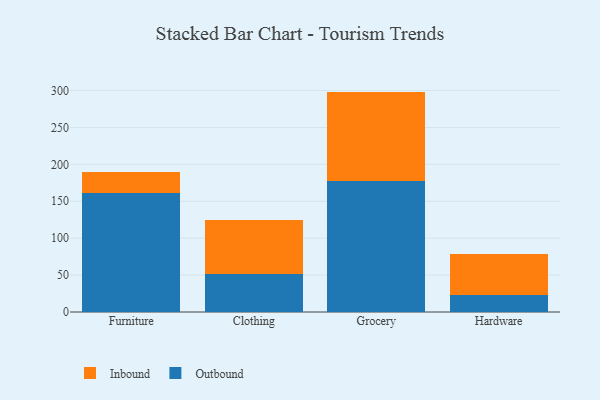
{"axis": {"x": "Category", "y": "Waste Production (Tons)"}, "legend": ["Inbound", "Outbound"], "data": [{"x": "Furniture", "y": 161.7, "type": "Outbound"}, {"x": "Furniture", "y": 27.8, "type": "Inbound"}, {"x": "Clothing", "y": 51.8, "type": "Outbound"}, {"x": "Clothing", "y": 72.2, "type": "Inbound"}, {"x": "Grocery", "y": 177.1, "type": "Outbound"}, {"x": "Grocery", "y": 121.5, "type": "Inbound"}, {"x": "Hardware", "y": 22.5, "type": "Outbound"}, {"x": "Hardware", "y": 55.8, "type": "Inbound"}]}